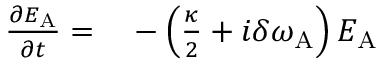
\begin{array} { r l } { \frac { \partial E _ { \mathrm { A } } } { \partial t } = } & { { } - \left( \frac { \kappa } { 2 } + i \delta \omega _ { \mathrm { A } } \right) E _ { \mathrm { A } } } \end{array}